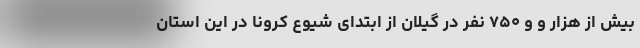
بیش از هزار و و ۷۵۰ نفر در گیلان از ابتدای شیوع کرونا در این استان